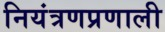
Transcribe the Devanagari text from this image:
नियंत्रणप्रणाली